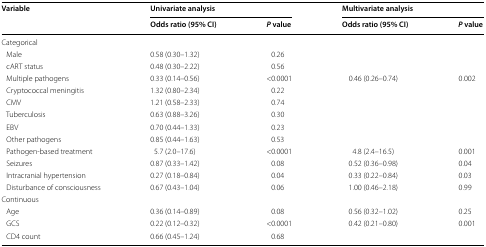
<table><thead><tr><td rowspan="2"><b>Variable</b></td><td colspan="2"><b>Univariate analysis</b></td><td colspan="2"><b>Multivariate analysis</b></td></tr><tr><td><b>Odds ratio (95% CI)</b></td><td><b><i>P</i> value</b></td><td><b>Odds ratio (95% CI)</b></td><td><b><i>P</i> value</b></td></tr></thead><tbody><tr><td colspan="5">Categorical</td></tr><tr><td> Male</td><td>0.58 (0.30–1.32)</td><td>0.26</td><td></td><td></td></tr><tr><td> cART status</td><td>0.48 (0.30–2.22)</td><td>0.56</td><td></td><td></td></tr><tr><td> Multiple pathogens</td><td>0.33 (0.14–0.56)</td><td>&lt;0.0001</td><td>0.46 (0.26–0.74)</td><td>0.002</td></tr><tr><td> Cryptococcal meningitis</td><td>1.32 (0.80–2.34)</td><td>0.22</td><td></td><td></td></tr><tr><td> CMV</td><td>1.21 (0.58–2.33)</td><td>0.74</td><td></td><td></td></tr><tr><td> Tuberculosis</td><td>0.63 (0.88–3.26)</td><td>0.30</td><td></td><td></td></tr><tr><td> EBV</td><td>0.70 (0.44–1.33)</td><td>0.23</td><td></td><td></td></tr><tr><td> Other pathogens</td><td>0.85 (0.44–1.63)</td><td>0.53</td><td></td><td></td></tr><tr><td> Pathogen-based treatment</td><td>5.7 (2.0–17.6)</td><td>&lt;0.0001</td><td>4.8 (2.4–16.5)</td><td>0.001</td></tr><tr><td> Seizures</td><td>0.87 (0.33–1.42)</td><td>0.08</td><td>0.52 (0.36–0.98)</td><td>0.04</td></tr><tr><td> Intracranial hypertension</td><td>0.27 (0.18–0.84)</td><td>0.04</td><td>0.33 (0.22–0.84)</td><td>0.03</td></tr><tr><td> Disturbance of consciousness</td><td>0.67 (0.43–1.04)</td><td>0.06</td><td>1.00 (0.46–2.18)</td><td>0.99</td></tr><tr><td colspan="5">Continuous</td></tr><tr><td> Age</td><td>0.36 (0.14–0.89)</td><td>0.08</td><td>0.56 (0.32–1.02)</td><td>0.25</td></tr><tr><td> GCS</td><td>0.22 (0.12–0.32)</td><td>&lt;0.0001</td><td>0.42 (0.21–0.80)</td><td>0.001</td></tr><tr><td> CD4 count</td><td>0.66 (0.45–1.24)</td><td>0.68</td><td></td><td></td></tr></tbody></table>